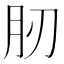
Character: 肕